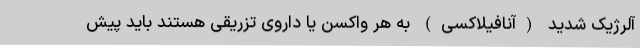
آلرژیک شدید (آنافیلاکسی) به هر واکسن یا داروی تزریقی هستند باید پیش